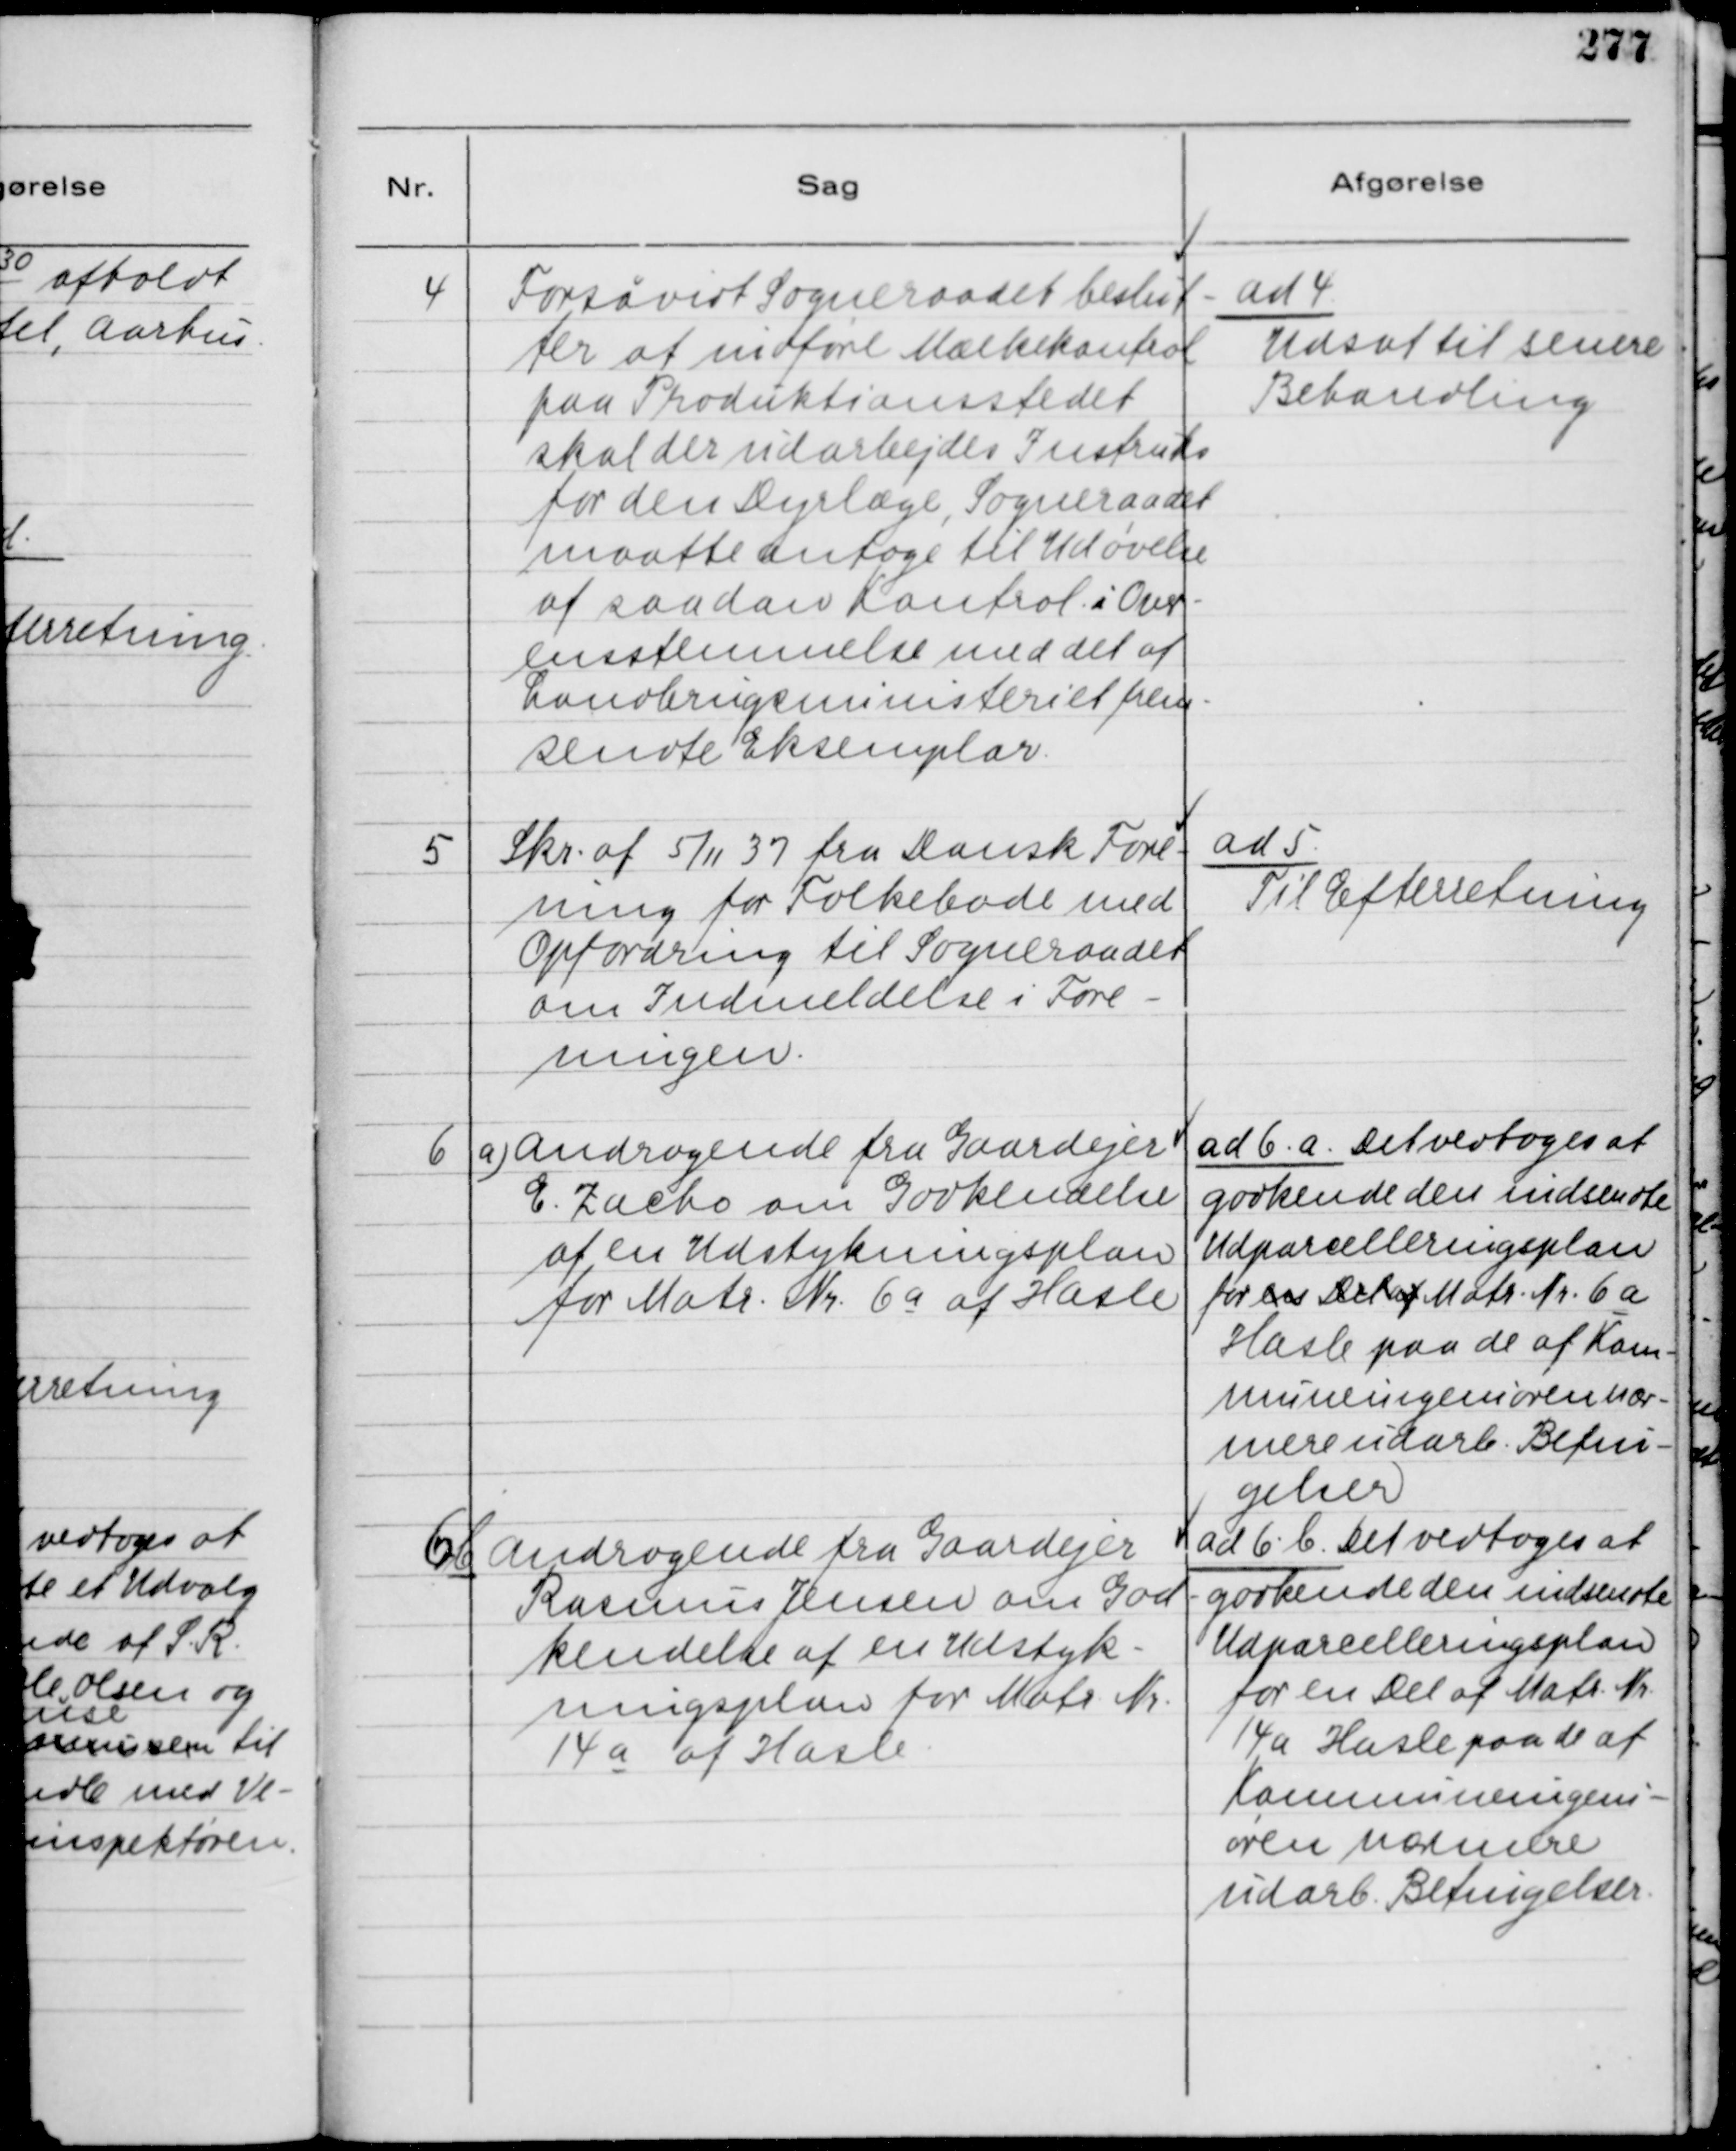
Transskription:
4
Forsåvidt Sogneraadet beslut-
ter at indføre Mælkekontrol
paa Produktionsstedet
skal der udarbejdes Instruks
for den Dyrlæge, Sogneraadet
maatte antage til Udøvelse
af saadan Kontrol i Over-
enstemmelse med det af
Landbrugsministeriet frem-
sendte Eksemplar.

ad 4
Udsat til senere
Behandling

5
Skr. af 5/11 37 fra Dansk Fore-
ning for Folkebade med
Opfordring til Sogneraadet
om Indmeldelse i Fore-
ningen.

ad 5
Til Efterretning

6
a) Andragende fra Gaardejer
E. Zacho om Godkendelse
af en Udstykningsplan
for Matr. Nr. 6 a af Hasle

ad 6. a. Det vedtoges at
godkende den indsendte
Udparcelleringsplan
for en Del af Matr. Nr. 6 a
Hasle paa de af Kom-
muneingeniøren nær-
mere udarb. Betin-
gelser

6 b
Andragende fra Gaardejer
Rasmus Jensen om God-
kendelse af en Udstyk-
ningsplan for Matr. Nr.
14 a af Hasle.

ad 6. b. Det vedtoges at
godkende den indsendte
Udparcelleringsplan
for en Del af Matr. Nr.
14 a Hasle paa de af
Kommuneingeni-
øren nærmere
udarb. Betingelser.